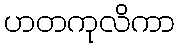
ဟတကုလိကာ